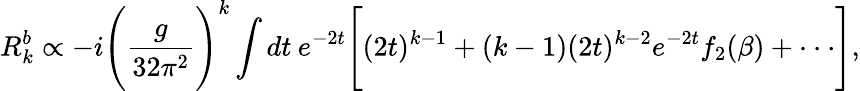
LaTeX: R_{k}^{b}\propto-i\Bigg(\frac{g}{32\pi^{2}}\Bigg)^{k}\int dt\: e^{-2t}\Bigg[(2t)^{k-1}+(k-1)(2t)^{k-2}e^{-2t}f_{2}(\beta)+\cdot\cdot\cdot\Bigg],